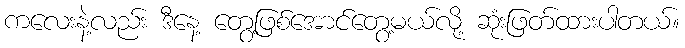
ကလေးနဲ့လည်း ဒီနေ့ တွေ့ဖြစ်အောင်တွေ့မယ်လို့ ဆုံးဖြတ်ထားပါတယ်။